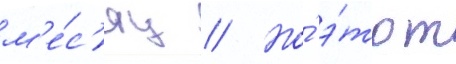
м'е́с'яц // Но́ э́тот